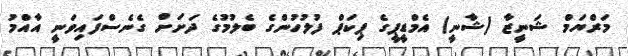
މަރްޔަމް ޝަނީޒާ (ޝާނީ) އެމްޑީޕީގެ ޕިކަޕް ފުލުހުންގެ ބެލުމުގެ ދަށަށް ގެނެސްފައިވަނީ އާއްމު